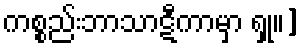
ကစ္စည်းဘာသာဋီကာမှာ ရှု။]